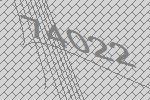
74022